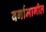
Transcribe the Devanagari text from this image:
वर्गामागील